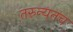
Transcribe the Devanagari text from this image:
तरुन्यतच